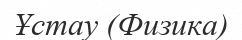
Ұстау (Физика)